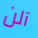
آلن